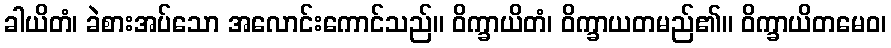
ခါယိတံ၊ ခဲစားအပ်သော အလောင်းကောင်သည်။ ဝိက္ခာယိတံ၊ ဝိက္ခာယတမည်၏။ ဝိက္ခာယိတမေဝ၊